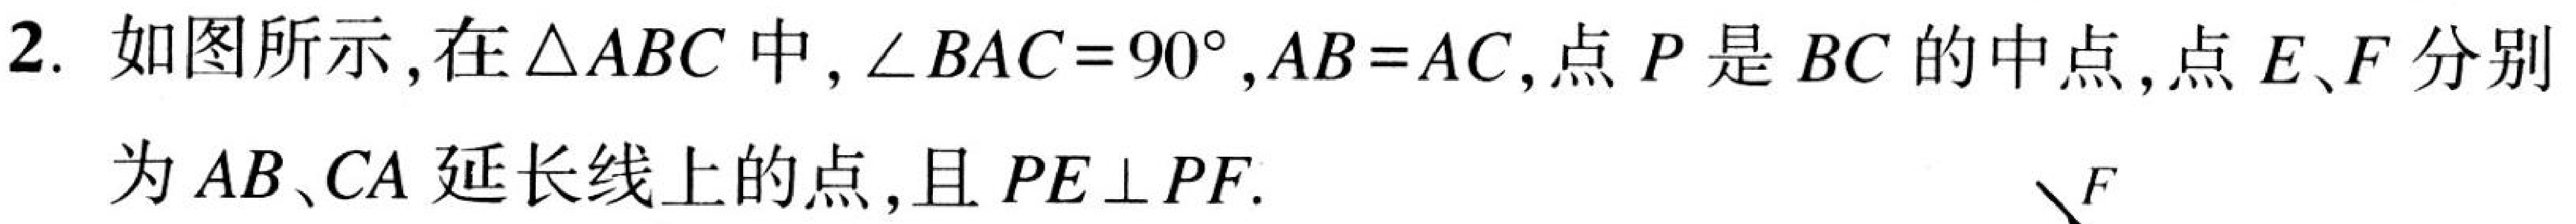
2. 如图所示，在\(\triangle ABC\)中，\(\angle BAC = 90^{\circ}\)，\(AB = AC\)，点\(P\)是\(BC\)的中点，点\(E、F\)分别为\(AB、CA\)延长线上的点，且\(PE\perp PF\).